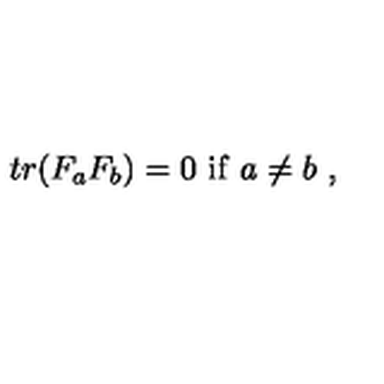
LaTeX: t r ( F _ { a } F _ { b } ) = 0 \ \mathrm { i f } \ a \not = b \ ,